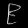
Digit: ၉